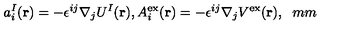
a _ { i } ^ { I } ( { \bf r } ) = - \epsilon ^ { i j } \nabla _ { j } U ^ { I } ( { \bf r } ) , A _ { i } ^ { \mathrm { e x } } ( { \bf r } ) = - \epsilon ^ { i j } \nabla _ { j } V ^ { \mathrm { e x } } ( { \bf r } ) , \hspace { 6 m m }